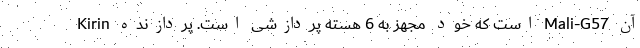
آن Mali-G57 است که خود مجهز به 6 هسته پردازشی است. پردازنده Kirin